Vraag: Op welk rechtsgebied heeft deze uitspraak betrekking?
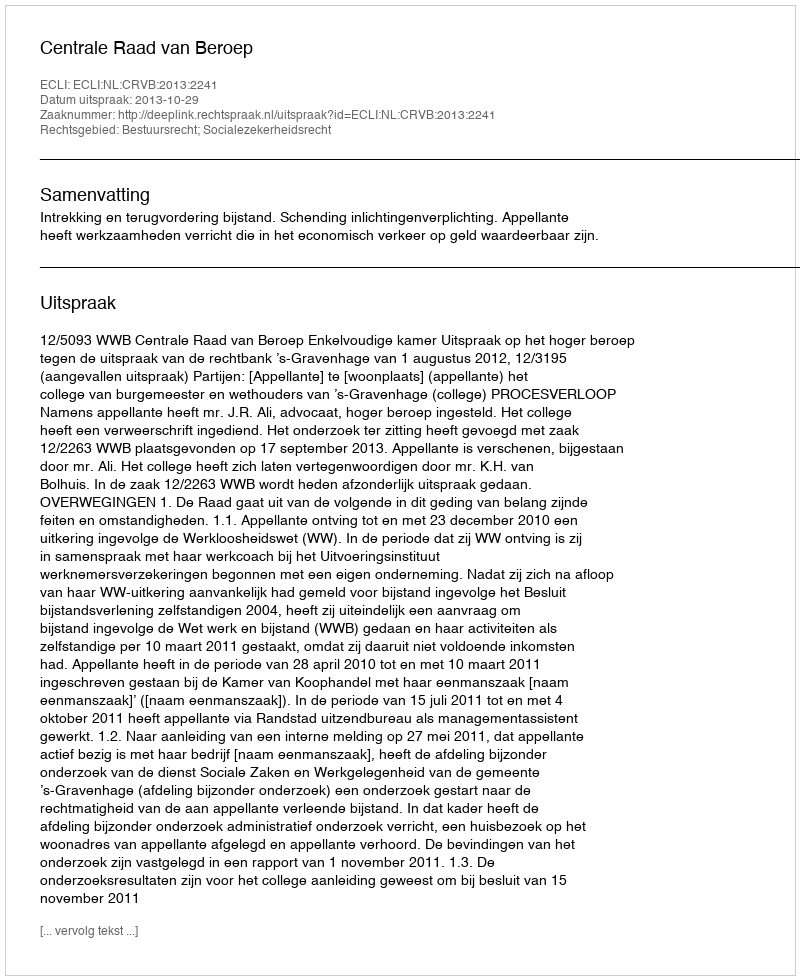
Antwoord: Bestuursrecht; Socialezekerheidsrecht